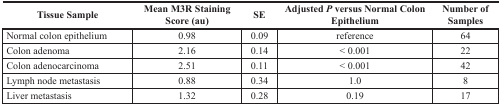
<table><thead><tr><td><b>Tissue Sample</b></td><td><b>Mean M3R Staining Score (au)</b></td><td><b>SE</b></td><td><b>Adjusted <i>P</i> versus Normal Colon Epithelium</b></td><td><b>Number of Samples</b></td></tr></thead><tbody><tr><td>Normal colon epithelium</td><td>0.98</td><td>0.09</td><td>reference</td><td>64</td></tr><tr><td>Colon adenoma</td><td>2.16</td><td>0.14</td><td>&lt; 0.001</td><td>22</td></tr><tr><td>Colon adenocarcinoma</td><td>2.51</td><td>0.11</td><td>&lt; 0.001</td><td>42</td></tr><tr><td>Lymph node metastasis</td><td>0.88</td><td>0.34</td><td>1.0</td><td>8</td></tr><tr><td>Liver metastasis</td><td>1.32</td><td>0.28</td><td>0.19</td><td>17</td></tr></tbody></table>